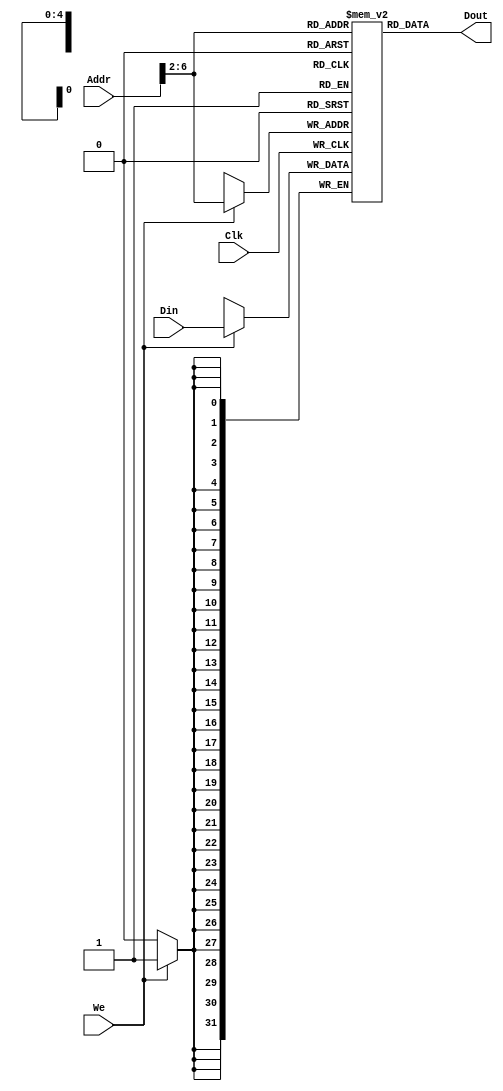
`timescale 1ns / 1ps
module DATAMEM_1(Addr,Din,Clk,We,Dout);
    input [31:0]Addr,Din;
    input Clk,We;
    output [31:0]Dout;
    reg [31:0]ram[0:31];
    assign Dout=ram[Addr[6:2]];
    always @ (posedge Clk) begin
        if(We) ram[Addr[6:2]]<=Din;
    end
    integer i;
    initial begin
    for(i=0;i<32;i=i+1)
    ram[i]<=32'h0;
    end
endmodule